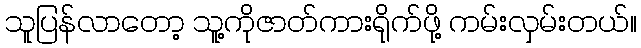
သူပြန်လာတော့ သူ့ကိုဇာတ်ကားရိုက်ဖို့ ကမ်းလှမ်းတယ်။